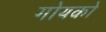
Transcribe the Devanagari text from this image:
गोयको